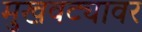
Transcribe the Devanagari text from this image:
मुखवट्यावर